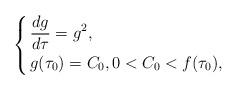
LaTeX: \begin{align*}\arraycolsep=1.4pt\def\arraystretch{1.3}\left\lbrace \begin{array}{ll}\displaystyle\frac{dg}{d\tau} = g^2, \\ g(\tau_0)=C_0, 0<C_0<f(\tau_0),\end{array}\right.\end{align*}